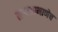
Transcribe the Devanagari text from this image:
तार्‍याप्रमाणेच